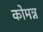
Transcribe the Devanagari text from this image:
कोमन्न